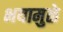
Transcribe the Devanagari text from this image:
भयामुळे